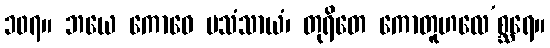
၁၀၇။ ဘယေ ကောဓေ ပသံသာယံ၊ တုရိတေ ကောတူဟလေ’စ္ဆရေ။